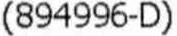
(894996-D)